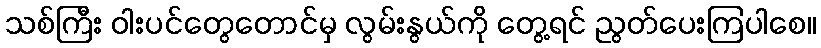
သစ်ကြီး ဝါးပင်တွေတောင်မှ လွမ်းနွယ်ကို တွေ့ရင် ညွတ်ပေးကြပါစေ။